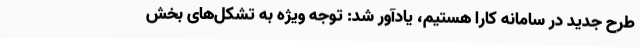
طرح جدید در سامانه کارا هستیم، یادآور شد: توجه ویژه به تشکل‌های بخش